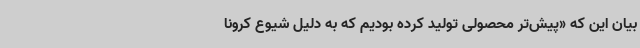
بیان این که «پیش‌تر محصولی تولید کرده بودیم که به دلیل شیوع کرونا